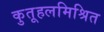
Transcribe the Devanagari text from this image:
कुतूहलमिश्रित